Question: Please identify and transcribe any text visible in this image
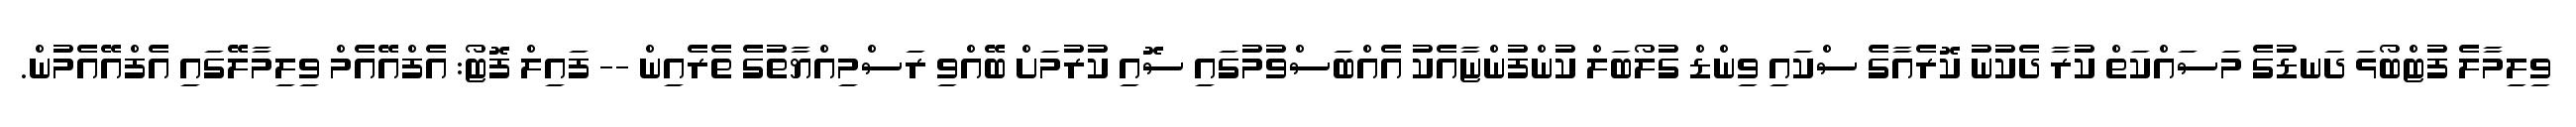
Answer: ވިލިމާލެ ފުޓްބޯޅަ ދަނޑުގެ މަސައްކަތް ކުރާ ދެކުނު ކޮރެއާގެ ސްކައި ވިންޑް ގުލޯބަލް ކުންފުންޏާއެކު އެއްބަސްވުމުގައި ސޮއި ކުރުމަށް ބޭއްވި ރަސްމިއްޔާތުގެ ތެރެއިން -- ފައިލް ފޮޓޯ: އެފްއޭއެމް ވިލިމާލޭގައި އެފްއޭއެމުން.